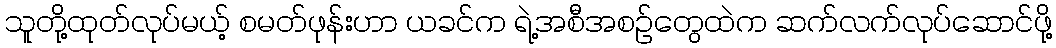
သူတို့ထုတ်လုပ်မယ့် စမတ်ဖုန်းဟာ ယခင်က ရဲ့အစီအစဉ်တွေထဲက ဆက်လက်လုပ်ဆောင်ဖို့